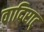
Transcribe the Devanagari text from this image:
वादिराट्